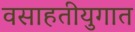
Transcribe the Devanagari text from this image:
वसाहतीयुगात